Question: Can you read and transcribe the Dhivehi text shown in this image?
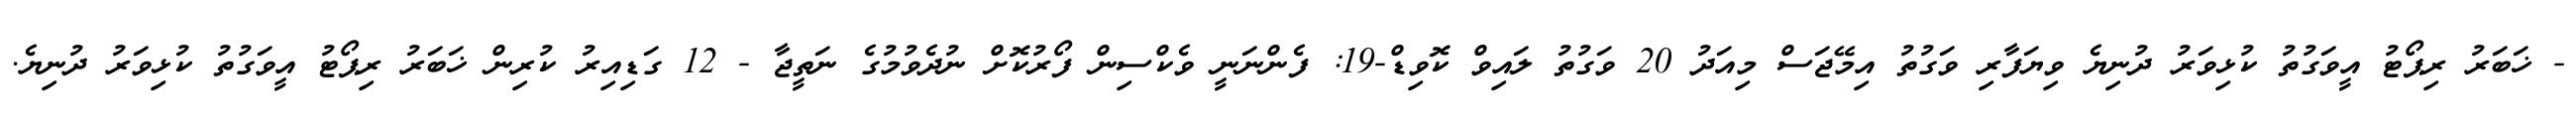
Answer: - ޚަބަރު ރިޕޯޓު އީވަގުތު ކުޅިވަރު ދުނިޔެ ވިޔަފާރި ވަގުތު އިމޭޖަސް މިއަދު 20 ވަގުތު ލައިވް ކޮވިޑް-19: ފެންނަނީ ވެކްސިން ފޯރުކޮށް ނުދެވުމުގެ ނަތީޖާ - 12 ގަޑިއިރު ކުރިން ޚަބަރު ރިޕޯޓު އީވަގުތު ކުޅިވަރު ދުނިޔެ.